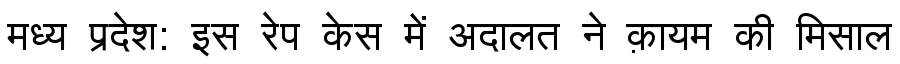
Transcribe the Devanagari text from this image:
मध्य प्रदेश: इस रेप केस में अदालत ने क़ायम की मिसाल